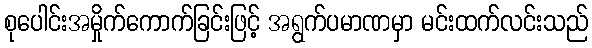
စုပေါင်းအမှိုက်ကောက်ခြင်းဖြင့် အရွက်ပမာဏမှာ မင်းထက်လင်းသည်